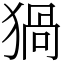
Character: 猧